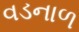
વડનાળ